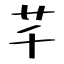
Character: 芊